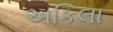
અકિલા